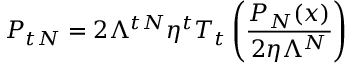
P _ { t N } = 2 \Lambda ^ { t N } \eta ^ { t } T _ { t } \left( \frac { P _ { N } ( x ) } { 2 \eta \Lambda ^ { N } } \right)